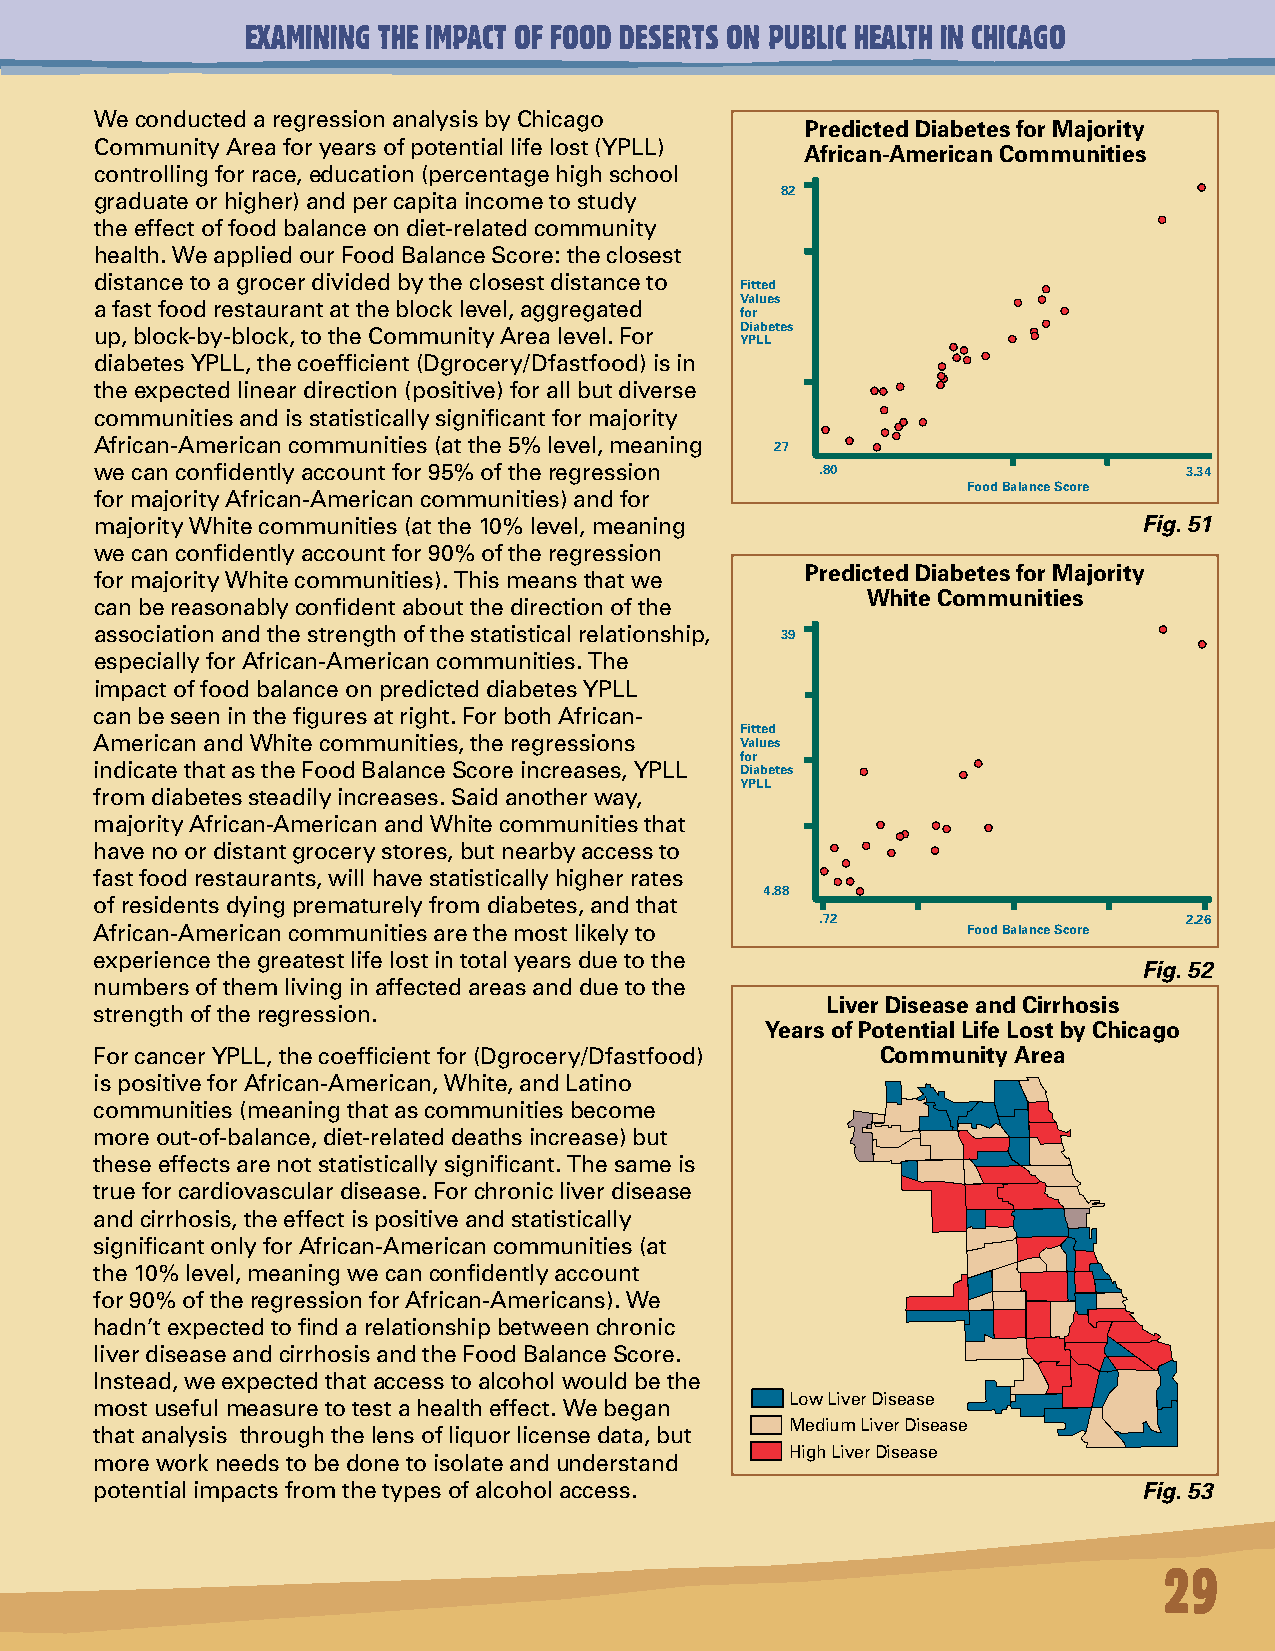
EXAMINING THE IMPACT OF FOOD DESERTS ON PUBLIC HEALTH IN CHICAGO
 We conducted a regression analysis by Chicago
 Predicted Diabetes for Majority
 Community Area for years of potential life lost (YPLL)
 African-American Communities
 controlling for race, education (percentage high school
 82
 graduate or higher) and per capita income to study
 the effect of food balance on diet-related community
 health. We applied our Food Balance Score: the closest
 distance to a grocer divided by the closest distance to
 Fitted
 Values
 a fast food restaurant at the block level, aggregated
 for
 Diabetes
 up, block-by-block, to the Community Area level. For
 YPLL
 diabetes YPLL, the coefficient (Dgrocery/Dfastfood) is in
 the expected linear direction (positive) for all but diverse
 communities and is statistically significant for majority
 African-American communities (at the 5% level, meaning 27
 we can confidently account for 95% of the regression .80                3.34
 FoodBalanceScore
 for majority African-American communities) and for
 majority White communities (at the 10% level, meaning                 Fig. 51
 we can confidently account for 90% of the regression
 Predicted Diabetes for Majority
 for majority White communities). This means that we
 White Communities
 can be reasonably confident about the direction of the
 association and the strength of the statistical relationship, 39
 especially for African-American communities. The
 impact of food balance on predicted diabetes YPLL
 can be seen in the figures at right. For both African-
 Fitted
 American and White communities, the regressions Values
 for
 indicate that as the Food Balance Score increases, YPLL Diabetes
 YPLL
 from diabetes steadily increases. Said another way,
 majority African-American and White communities that
 have no or distant grocery stores, but nearby access to
 fast food restaurants, will have statistically higher rates
 4.88
 of residents dying prematurely from diabetes, and that
 .72                     2.26
 African-American communities are the most likely to       FoodBalanceScore
 experience the greatest life lost in total years due to the
 Fig. 52
 numbers of them living in affected areas and due to the
 Liver Disease and Cirrhosis
 strength of the regression.
 Years of Potential Life Lost by Chicago
 For cancer YPLL, the coefficient for (Dgrocery/Dfastfood) Community Area
 is positive for African-American, White, and Latino
 communities (meaning that as communities become
 more out-of-balance, diet-related deaths increase) but
 these effects are not statistically significant. The same is
 true for cardiovascular disease. For chronic liver disease
 and cirrhosis, the effect is positive and statistically
 significant only for African-American communities (at
 the 10% level, meaning we can confidently account
 for 90% of the regression for African-Americans). We
 hadn’t expected to find a relationship between chronic
 liver disease and cirrhosis and the Food Balance Score.
 Instead, we expected that access to alcohol would be the
 Low Liver Disease
 most useful measure to test a health effect. We began
 Medium Liver Disease
 that analysis through the lens of liquor license data, but
 High Liver Disease
 more work needs to be done to isolate and understand
 potential impacts from the types of alcohol access.                   Fig. 53
 29